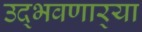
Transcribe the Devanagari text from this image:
उद्‌भवणार्‍या